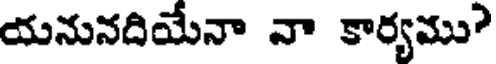
యనునదియేనా వా కార్యము?